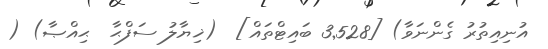
އުނިއިތުރު ގެންނަވާ) [3